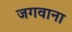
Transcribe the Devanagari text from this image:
जगवाना